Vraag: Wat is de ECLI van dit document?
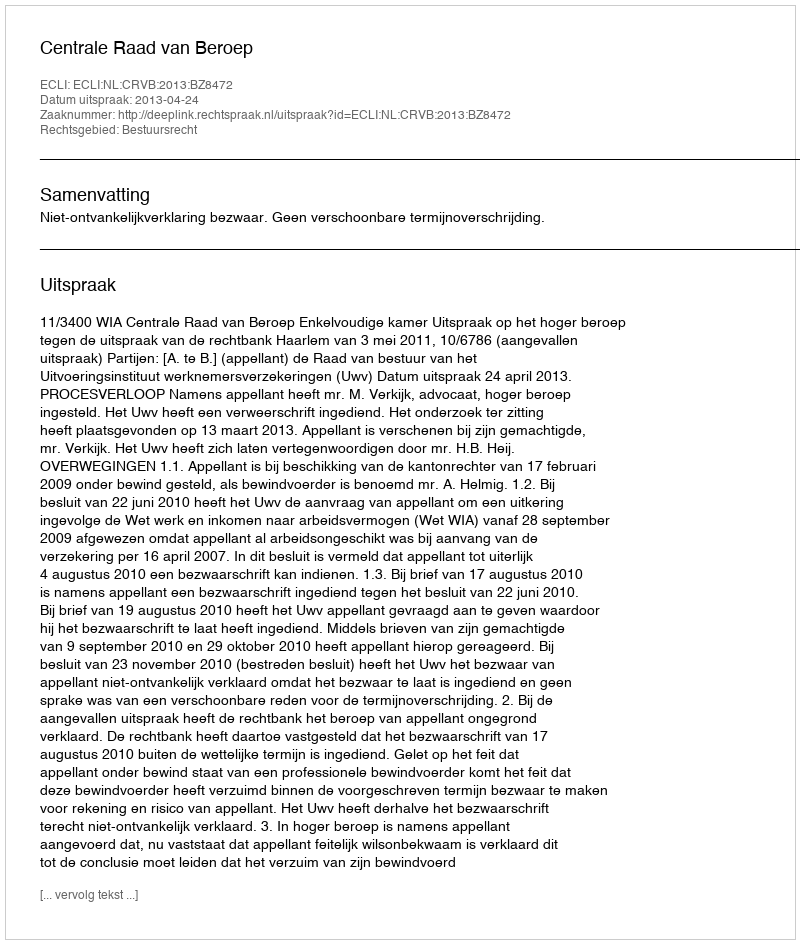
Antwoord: ECLI:NL:CRVB:2013:BZ8472